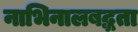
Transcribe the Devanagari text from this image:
नाभिनालबद्धता